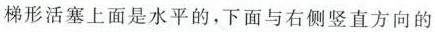
梯形活塞上面是水平的，下面与右侧竖直方向的